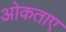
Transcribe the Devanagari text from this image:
ओकताए